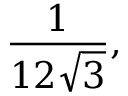
{ \frac { 1 } { 1 2 { \sqrt { 3 } } } } ,